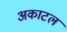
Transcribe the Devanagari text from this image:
अकाटल